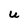
Character: U